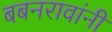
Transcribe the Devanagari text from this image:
बबनरावांनी